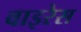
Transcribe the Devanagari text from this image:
वाइरेस